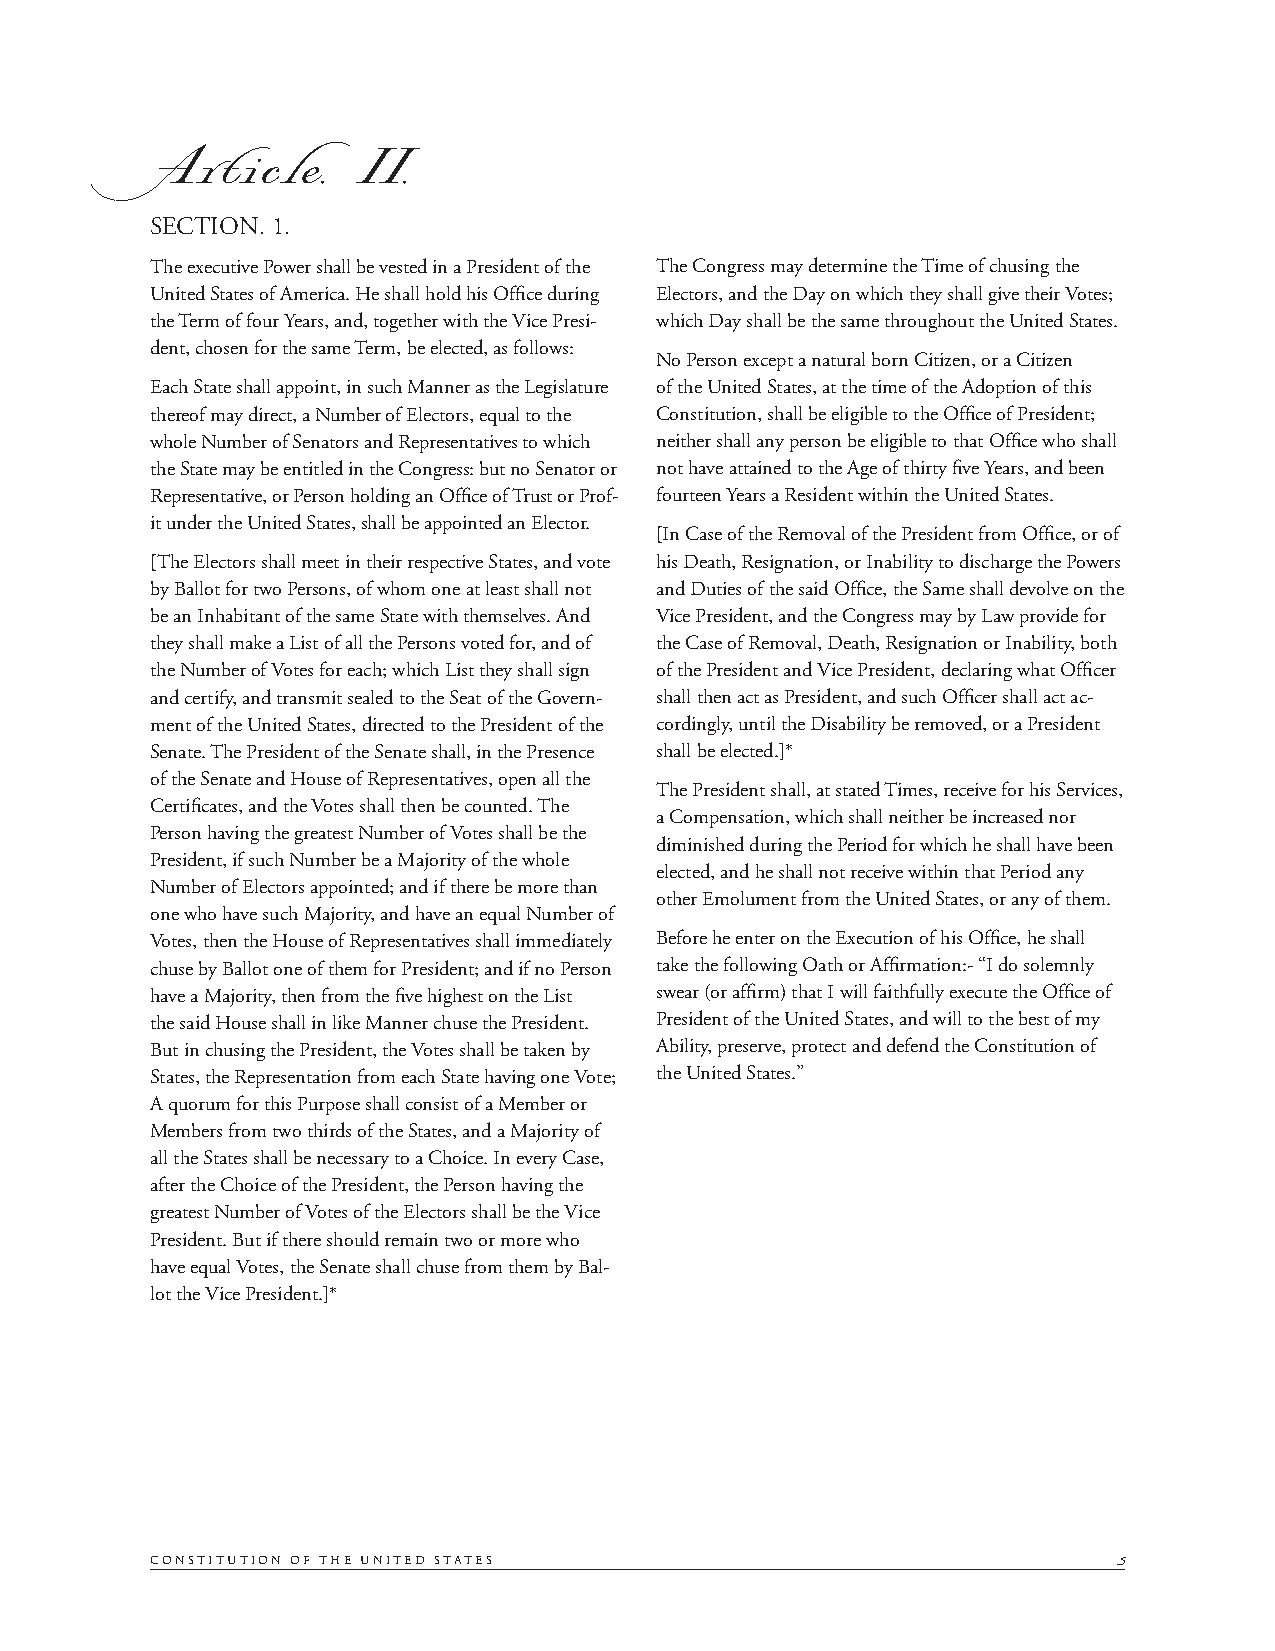
Article.II.
 SECTION. 1.
 The executive Power shall be vested in a President of the The Congress may determine the Time of chusing the
 United States of America. He shall hold his Offi ce during Electors, and the Day on which they shall give their Votes;
 the Term of four Years, and, together with the Vice Presi- which Day shall be the same throughout the United States.
 dent, chosen for the same Term, be elected, as follows:
 No Person except a natural born Citizen, or a Citizen
 Each State shall appoint, in such Manner as the Legislature of the United States, at the time of the Adoption of this
 thereof may direct, a Number of Electors, equal to the Constitution, shall be eligible to the Offi ce of President;
 whole Number of Senators and Representatives to which neither shall any person be eligible to that Offi ce who shall
 the State may be entitled in the Congress: but no Senator or not have attained to the Age of thirty fi ve Years, and been
 Representative, or Person holding an Offi ce of Trust or Prof- fourteen Years a Resident within the United States.
 it under the United States, shall be appointed an Elector.
 [In Case of the Removal of the President from Offi ce, or of
 [The Electors shall meet in their respective States, and vote his Death, Resignation, or Inability to discharge the Powers
 by Ballot for two Persons, of whom one at least shall not and Duties of the said Offi ce, the Same shall devolve on the
 be an Inhabitant of the same State with themselves. And Vice President, and the Congress may by Law provide for
 they shall make a List of all the Persons voted for, and of the Case of Removal, Death, Resignation or Inability, both
 the Number of Votes for each; which List they shall sign of the President and Vice President, declaring what Offi cer
 and certify, and transmit sealed to the Seat of the Govern- shall then act as President, and such Offi cer shall act ac-
 ment of the United States, directed to the President of the cordingly, until the Disability be removed, or a President
 Senate. The President of the Senate shall, in the Presence shall be elected.]*
 of the Senate and House of Representatives, open all the
 The President shall, at stated Times, receive for his Services,
 Certifi cates, and the Votes shall then be counted. The
 a Compensation, which shall neither be increased nor
 Person having the greatest Number of Votes shall be the
 diminished during the Period for which he shall have been
 President, if such Number be a Majority of the whole
 elected, and he shall not receive within that Period any
 Number of Electors appointed; and if there be more than
 other Emolument from the United States, or any of them.
 one who have such Majority, and have an equal Number of
 Votes, then the House of Representatives shall immediately Before he enter on the Execution of his Offi ce, he shall
 chuse by Ballot one of them for President; and if no Person take the following Oath or Affi rmation:- “I do solemnly
 have a Majority, then from the fi ve highest on the List swear (or affi rm) that I will faithfully execute the Offi ce of
 the said House shall in like Manner chuse the President. President of the United States, and will to the best of my
 But in chusing the President, the Votes shall be taken by Ability, preserve, protect and defend the Constitution of
 States, the Representation from each State having one Vote; the United States.”
 A quorum for this Purpose shall consist of a Member or
 Members from two thirds of the States, and a Majority of
 all the States shall be necessary to a Choice. In every Case,
 after the Choice of the President, the Person having the
 greatest Number of Votes of the Electors shall be the Vice
 President. But if there should remain two or more who
 have equal Votes, the Senate shall chuse from them by Bal-
 lot the Vice President.]*
 CONSTITUTION OF THE UNITED STATES                               5